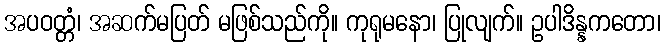
အပဝတ္တံ၊ အဆက်မပြတ် မဖြစ်သည်ကို။ ကုရုမနော၊ ပြုလျက်။ ဥပါဒိန္နကတော၊